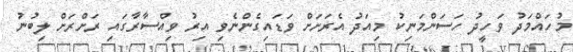
މުހައްމަދު ވަހީދު ހަސަންމަނިކު މިއަދު އެރަށަށް ވަޑައިގެންނެވި އިރު ވިއްސާރާގައި ރަށްރަށް ލިބުނު